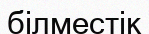
білместік